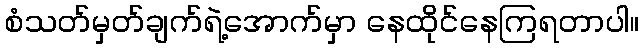
စံသတ်မှတ်ချက်ရဲ့အောက်မှာ နေထိုင်နေကြရတာပါ။